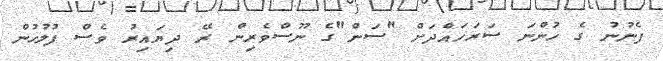
ފެނުނު ގެ ހުންނަ ސަރަހައްދަށް "ސަން"ގެ ނޫސްވެރިން ރޭ ދިޔައިރު ވެސް ފުލުހުން